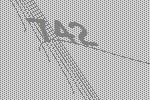
742